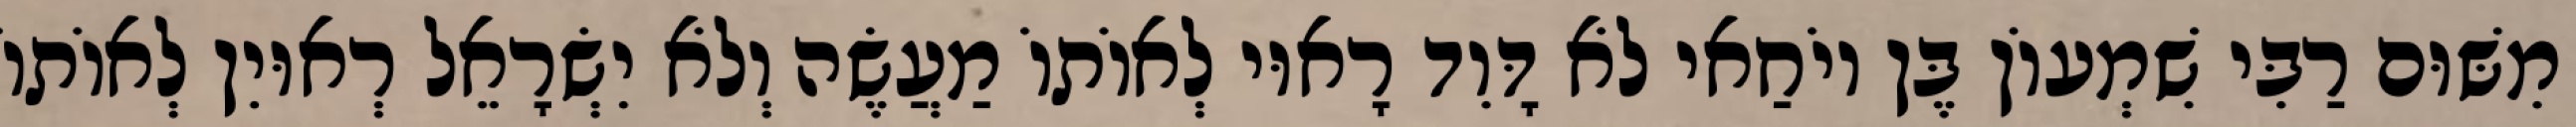
מִשּׁוּם רַבִּי שִׁמְעוֹן בֶּן יוֹחַאי לֹא דָּוִד רָאוּי לְאוֹתוֹ מַעֲשֶׂה וְלֹא יִשְׂרָאֵל רְאוּיִן לְאוֹתוֹ